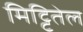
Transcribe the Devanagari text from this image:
मिट्टितेल